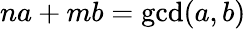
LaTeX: na+mb=\operatorname*{gcd}(a,b)